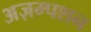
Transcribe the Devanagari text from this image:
अज़म्पशन